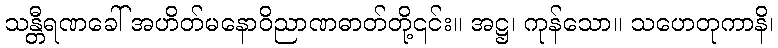
သန္တီရဏခေါ် အဟိတ်မနောဝိညာဏဓာတ်တို့၎င်း။ အဋ္ဌ၊ ကုန်သော။ သဟေတုကာနိ၊